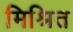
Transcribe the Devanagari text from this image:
मिश्रित